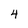
Character: 4